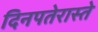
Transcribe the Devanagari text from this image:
दिनपतेरास्ते